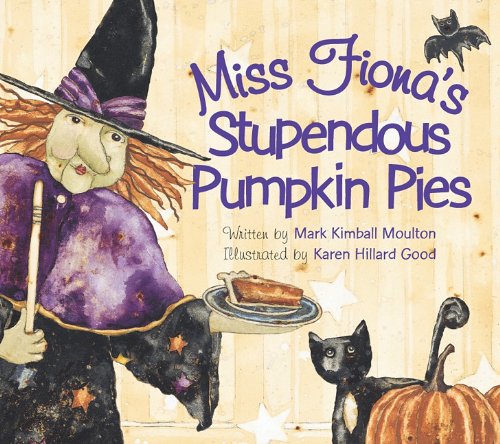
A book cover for Miss Fiona's Stupendous Pumpkin Pies; Mark Moulton; Children's Books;